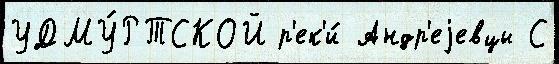
УДМУ́РТСКОЙ р'ек'и́ Андр'еjевцы С